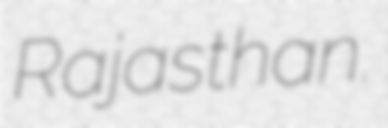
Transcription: Rajasthan.